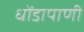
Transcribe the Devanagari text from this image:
धोंडापाणी